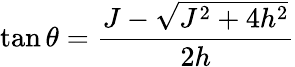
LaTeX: \tan\theta=\frac{J-\sqrt{J^{2}+4h^{2}}}{2h}